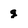
Character: g